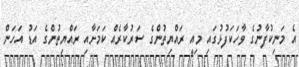
އެ މަނިކުފާނުގެ ވާހަކަފުޅުގައި މިއީ ރައްޔިތުންގެ ސަރުކާރެއް ކަމަށާއި ރައްޔިތުންގެ އަޑު އަހަން